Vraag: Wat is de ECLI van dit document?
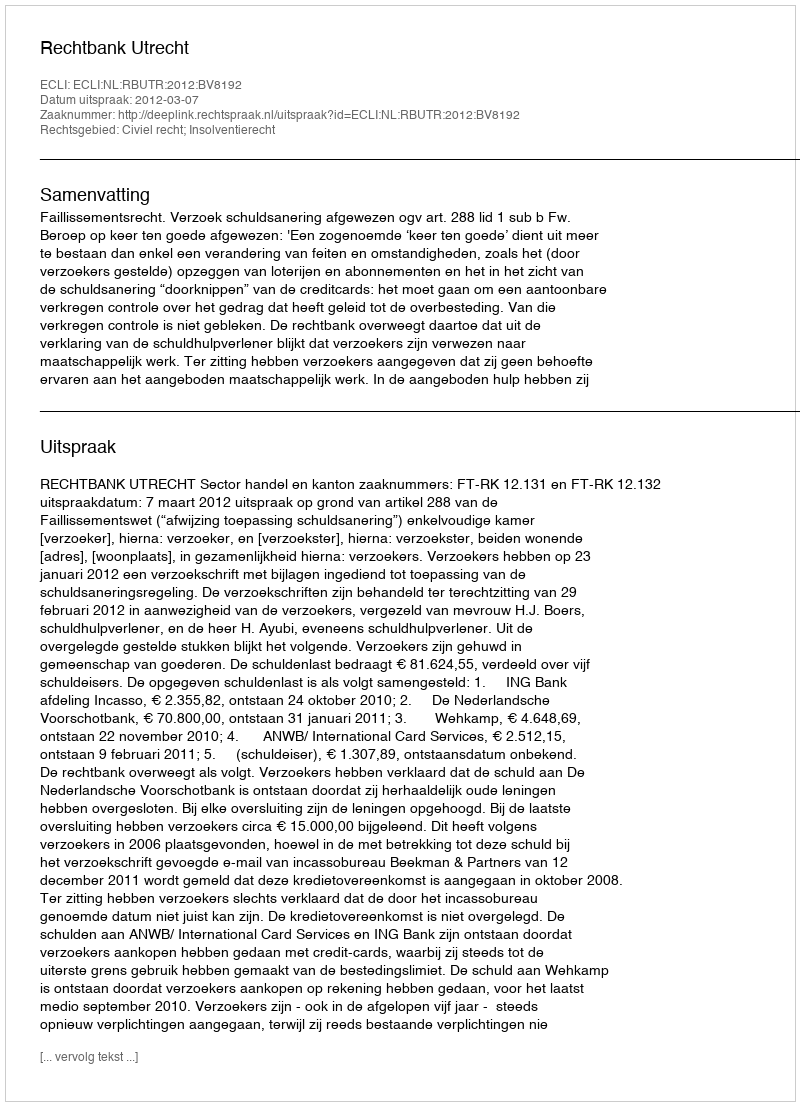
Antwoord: ECLI:NL:RBUTR:2012:BV8192